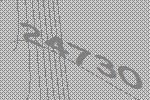
24730